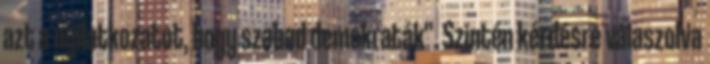
azt a nyilatkozatot, hogy szabad demokraták". Szintén kérdésre válaszolva